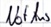
Text: NotAus